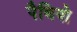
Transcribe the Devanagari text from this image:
पैबियो